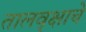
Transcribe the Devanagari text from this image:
तालवृक्षाचे